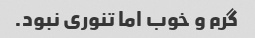
گرم و خوب اما تنوری نبود.